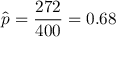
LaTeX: { \hat { p } } = { \frac { 2 7 2 } { 4 0 0 } } = 0 . 6 8